Document type: Sale
Year: 1355
Scribe: Pere Borrell
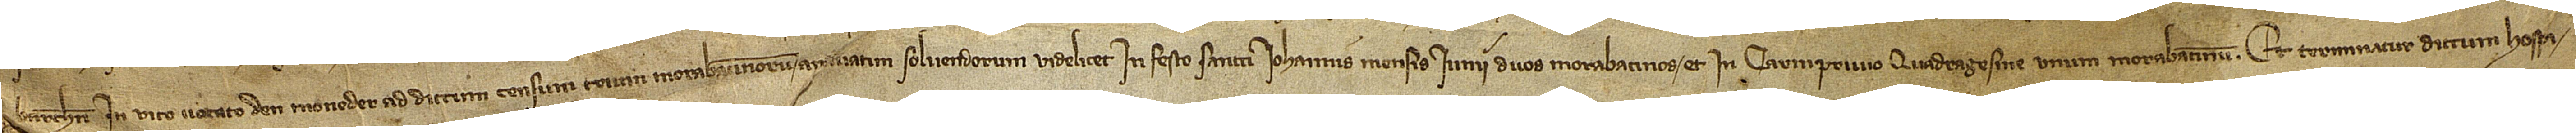
Barchinone, in vico vocato d’en Moneder, ad dictum censum trium morabatinorum an[n]uatim solvendorum, videlicet, in festo Sancti Iohannis mensis iunii duos morabatinos, et in Carniprivio Quadragesime unum morabatinum. Et terminatur dictum hospi-